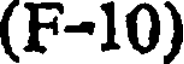
(F-10)